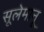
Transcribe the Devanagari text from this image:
सूलेमानू